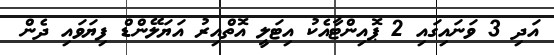
އަދި 3 ވަނައިގައި 2 ޕޮއިންޓާއެކު އިޓަލީ އޮތްއިރު އަޔަލޭންޑް ފިޔަވައި ދެން